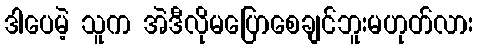
ဒါပေမဲ့ သူက အဲဒီလိုမပြောစေချင်ဘူးမဟုတ်လား